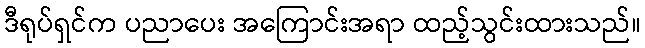
ဒီရုပ်ရှင်က ပညာပေး အကြောင်းအရာ ထည့်သွင်းထားသည်။